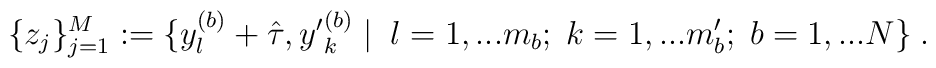
\{ z_j \}_{j=1}^M :=\{ y_l^{(b)} +\hat{\tau} , {y^\prime}^{(b)}_k \; | \; \;l = 1,...m_b ; \; k = 1,...m^\prime_b ; \; b = 1,...N \} \; .